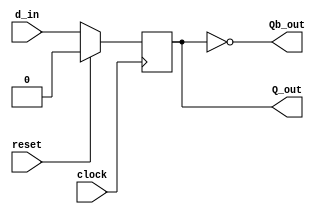
module d_ff(clock,
	   reset,
	   d_in,
	   Q_out,
	   Qb_out);

   //Step1 : Declare Port Directions
		input clock,reset,d_in;
		output reg Q_out;
		output Qb_out;
   /*Understand the Behaviour of D flip-flop &
   check the coding style of synchronous reset*/

   always@(posedge clock)
      begin
	 if(reset)
	    Q_out <= 1'b0;
	 else
	    Q_out <= d_in;
      end

   //Step2 : Write the logic for Qbar				
	assign Qb_out = ~Q_out;			 
endmodule